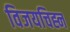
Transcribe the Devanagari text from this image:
विजयचिह्न